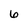
Character: 6